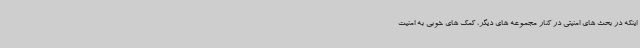
اینکه در بحث های امنیتی در کنار مجموعه های دیگر، کمک های خوبی به امنیت